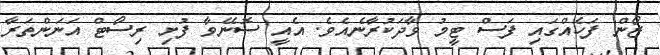
ޒޯން ފަހެއްގައި ފަސް ޓީމު ވާދަކުރާނެއެވެ. އެއީ ސޮނޭވާ ފުށި ރިސޯޓް އަނަންތަރާ